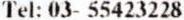
TEL: 03- 55423228